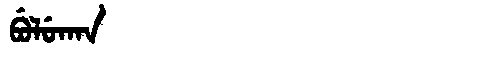
Manchu: ᠪᡠᠯᡠᡴᠠᠨ
Romanization: BULUKAN